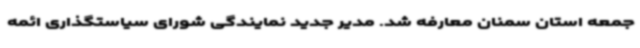
جمعه استان سمنان معارفه شد. مدیر جدید نمایندگی شورای سیاستگذاری ائمه